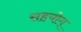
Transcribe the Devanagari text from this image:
सहयोग्